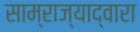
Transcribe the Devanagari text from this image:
साम्राज्याद्वारा